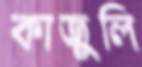
কাজুলি